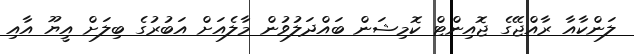
ލަންކާއާ ރާއްޖޭގެ ޖޮއިންޓް ކޮމިޝަން ބައްދަލުވުން މާލެއަށް އަބުރުގެ ބިލަށް އީޔޫ އާއި